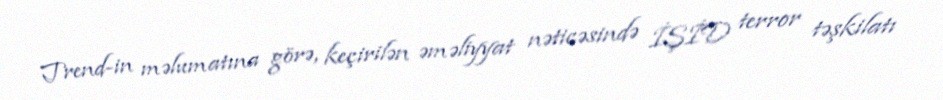
Trend-in məlumatına görə, keçirilən əməliyyat nəticəsində İŞİD terror təşkilatı